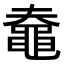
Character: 𪓗